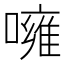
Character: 噰